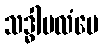
သဒ္ဓါဗလံပေ